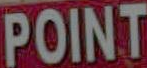
POINT